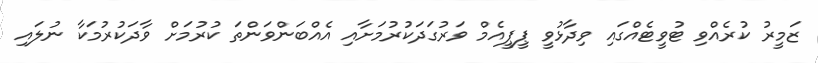
ޒަމީރު ކުރެއްވި ޓުވީޓެއްގައި ވިދާޅުވީ ޕީޕީއެމް ވަރުގަދަކުރުމަށާއި އެއްބަންވަންތަ ކުރުމަށް ވާދަކުރުމަކާ ނުލައި